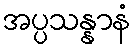
အပ္ပသန္နာနံ